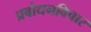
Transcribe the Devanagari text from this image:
प्रबोधनविचार